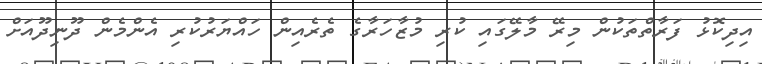
އިދިކޮޅު ފަރާތްތަކުން މިރޭ މާލޭގައި ކުރި މުޒާހަރާގެ ތެރެއިން ހައްޔަރުކުރި އެންމެން ދޫނިދޫއަށް